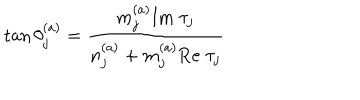
\tan \theta _ { j } ^ { ( a ) } = { \frac { m _ { j } ^ { ( a ) } \mathrm { I m } \; \tau _ { j } } { n _ { j } ^ { ( a ) } + m _ { j } ^ { ( a ) } \mathrm { R e } \; \tau _ { j } } }